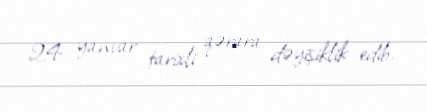
24 yanvar tarixli qərara dəyişiklik edib.